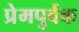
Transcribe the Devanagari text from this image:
प्रेमपुर्वक